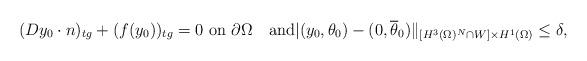
LaTeX: \begin{align*} (Dy_0\cdot n)_{tg}+(f(y_0))_{tg}=0\mbox{ on }\partial\Omega\quad\mbox{and} |(y_0,\theta_0)-(0,\overline{\theta}_0)\|_{[H^3(\Omega)^N\cap W]\times H^1(\Omega)}\leq \delta, \end{align*}